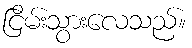
ငြိမ်းသွားလေသည်။